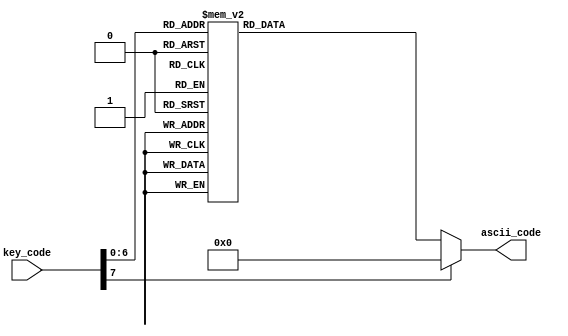
module key2ascii(input wire [7:0] key_code, output reg [7:0] ascii_code);
	always @* begin
		case(key_code)
			8'h45: ascii_code = 8'h30; //0 
			8'h16: ascii_code = 8'h31; //1
			8'h1e: ascii_code = 8'h32; //2
			8'h26: ascii_code = 8'h33; //3
			8'h25: ascii_code = 8'h34; //4
			8'h2e: ascii_code = 8'h35; //5
			8'h36: ascii_code = 8'h36; //6
			8'h3d: ascii_code = 8'h37; //7
			8'h3e: ascii_code = 8'h38; //8
//			8'h1c: ascii_code = 8'h39; //9
			
			8'h1c: ascii_code = 8'h41; //A
			8'h32: ascii_code = 8'h42; //B
			8'h21: ascii_code = 8'h43; //C
			8'h23: ascii_code = 8'h44; //D
			8'h24: ascii_code = 8'h45; //E
			8'h2b: ascii_code = 8'h46; //F
			8'h34: ascii_code = 8'h47; //G
			8'h33: ascii_code = 8'h48; //H
			8'h43: ascii_code = 8'h49; //I
			8'h3b: ascii_code = 8'h4a; //J
			8'h42: ascii_code = 8'h4b; //K
			8'h4b: ascii_code = 8'h4c; //L
			8'h3a: ascii_code = 8'h4d; //M
			8'h31: ascii_code = 8'h4e; //N
			8'h44: ascii_code = 8'h4f; //O
			8'h4d: ascii_code = 8'h50; //P
			8'h15: ascii_code = 8'h51; //Q
			8'h2d: ascii_code = 8'h52; //R
			8'h1b: ascii_code = 8'h53; //S
			8'h2c: ascii_code = 8'h54; //T
			8'h3c: ascii_code = 8'h55; //U
			8'h2a: ascii_code = 8'h56; //V
			8'h1d: ascii_code = 8'h57; //W
			8'h22: ascii_code = 8'h58; //X
			8'h35: ascii_code = 8'h59; //Y
			8'h1a: ascii_code = 8'h5a; //Z
			
			8'h29: ascii_code = 8'h20; //space
			8'h5a: ascii_code = 8'h0d; //enter
			8'h66: ascii_code = 8'h08; //backspace
			
			default: ascii_code = 8'h00; //*
		endcase
	end
endmodule